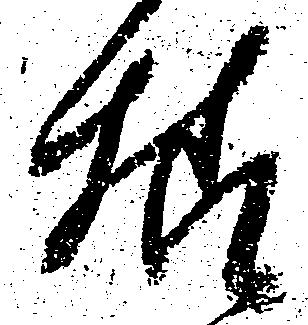
様